Annual report of the Punjab Veterinary College and of the Civil Veterinary Department, Punjab - 1909-1919
Year: 1909
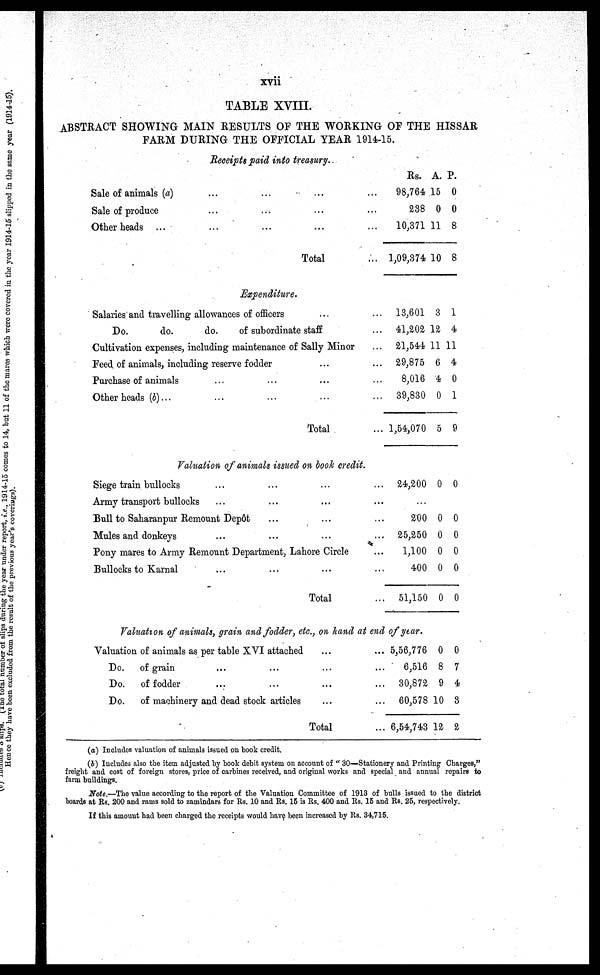
xvii
TABLE XVIII.
ABSTRACT SHOWING MAIN RESULTS OF THE WORKING OF THE HISSAR
FARM DURING THE OFFICIAL YEAR 1914-15.
Receipts paid into treasury.
Sale of animals (a)............
Sale of produce............
Other
heads
......
.......
Total...
Rs.
98,764
238
10,371
1,09,374
A.
15
0
11
10
P.
0
0
8
8
Expenditure.
Salaries and travelling allowances of officers
Do.
do.
do.
of subordinate staff
Cultivation expenses, including maintenance of Sally Minor
Feed of animals, including reserve fodder
Purchase of animals
Other beads (b)... ... ... ...
Total
13,601
41,202
21,544
29,875
8,016
39,830
1,54,070
3
12
11
6
4
0
5
1
4
11
4
0
1
9
Valuation of animals issued on book credit.
Siege train bullocks .. ... ... ......
Array transport bullocks
...
...
......
Bull to Saharanpur Remount Depôt .. ... ......
Mules and donkeys ... ... ... ...
Pony mares to Army Remount Department, Lahore Circle
...
Bullocks to Karnal ... ... ......
Total ...
24,200 0 0
...
200
25,250
1,100
400
51,150
0
0
0
0
0
0
0
0
0
0
Valuation of animals, grain and fodder, etc., on hand at end of year.
Valuation of animals as per table XVI attached......
Do.
of grain
...
...
...
...
Do.
of fodder
...
...
...
...
Do. of machinery and dead stock articles... ...
Total ...
5,56,776
6,516
30,872
60,578
6,54,743
0
8
9
10
12
0
7
4
3
2
(a) Includes valuation of animals issued on book credit.
(b) Includes also the item adjusted by book debit system on account of " 30—Stationery and Printing Charges,"
freight and cost of foreign stores, price of carbines received, and original works and special and annual repairs to
farm buildings.
Note.—The value according to the report of the Valuation Committee of 1913 of bulls issued to the district
boards at Rs. 200 and rams sold to zamindars for Rs. 10 and Rs. 15 is Rs. 400 and Rs. 15 and Rs. 25, respectively.
If this amount had been charged the receipts would have been increased by Rs. 34,715.